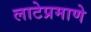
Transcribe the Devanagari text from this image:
लाटेप्रमाणे